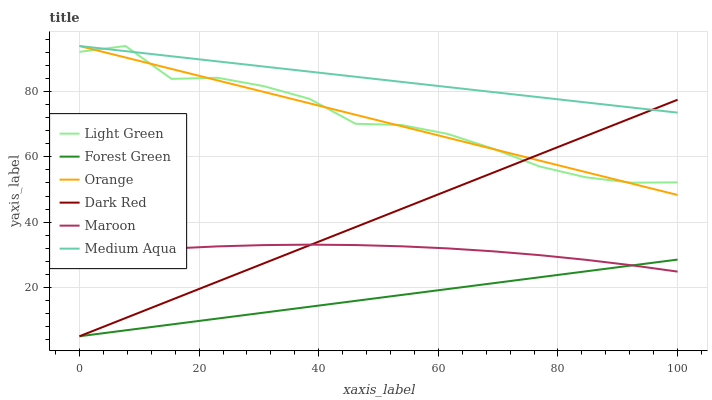
| xaxis_label | Light Green | Forest Green | Orange | Dark Red | Maroon | Medium Aqua |
 | --- | --- | --- | --- | --- | --- | --- |
 | 0 | 92.2 | 5 | 94 | 5 | 29.8 | 94 |
 | 7.69 | 94 | 6.81 | 90.5 | 10.6 | 31 | 92.4 |
 | 15.4 | 83.9 | 8.62 | 87 | 16.2 | 31.9 | 90.9 |
 | 23.1 | 84.3 | 10.4 | 83.5 | 21.7 | 32.6 | 89.3 |
 | 30.8 | 81.7 | 12.2 | 79.9 | 27.3 | 33 | 87.7 |
 | 38.5 | 77.8 | 14 | 76.4 | 32.9 | 33.1 | 86.1 |
 | 46.2 | 70.2 | 15.9 | 72.9 | 38.5 | 33 | 84.6 |
 | 53.8 | 69.8 | 17.7 | 69.4 | 44.1 | 32.6 | 83 |
 | 61.5 | 67.1 | 19.5 | 65.9 | 49.6 | 31.9 | 81.4 |
 | 69.2 | 62.5 | 21.3 | 62.4 | 55.2 | 31 | 79.9 |
 | 76.9 | 57.1 | 23.1 | 58.9 | 60.8 | 29.9 | 78.3 |
 | 84.6 | 53.8 | 24.9 | 55.3 | 66.4 | 28.5 | 76.7 |
 | 92.3 | 52.1 | 26.7 | 51.8 | 71.9 | 26.8 | 75.1 |
 | 100 | 52.2 | 28.5 | 48.3 | 77.5 | 24.8 | 73.6 |